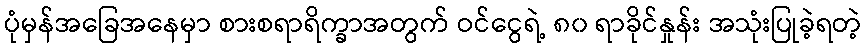
ပုံမှန်အခြေအနေမှာ စားစရာရိက္ခာအတွက် ဝင်ငွေရဲ့ ၈၀ ရာခိုင်နှုန်း အသုံးပြုခဲ့ရတဲ့